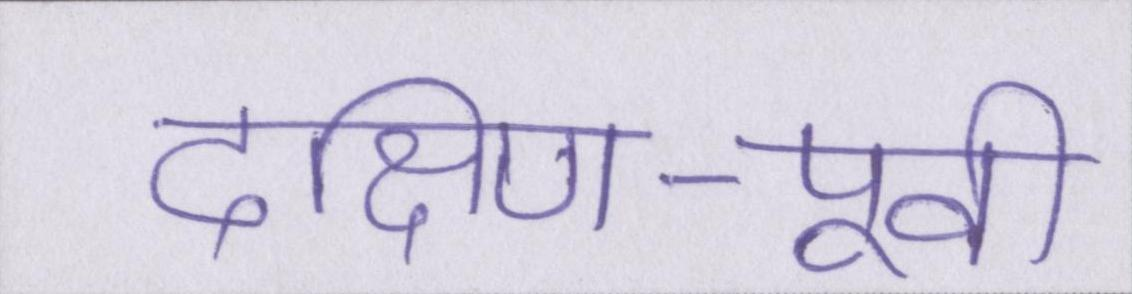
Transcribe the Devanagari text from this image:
दक्षिण-पूर्वी